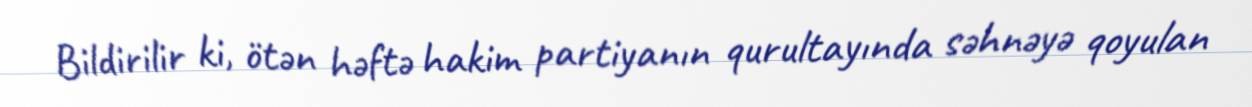
Bildirilir ki, ötən həftə hakim partiyanın qurultayında səhnəyə qoyulan